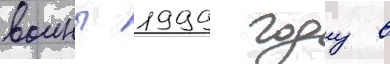
воины 1999 году в